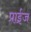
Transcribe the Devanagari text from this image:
प्राईज